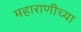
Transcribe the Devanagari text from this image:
महाराणीच्या